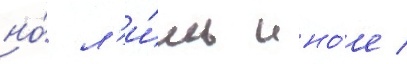
но́ л'и́шь ино́е /